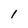
Character: 1